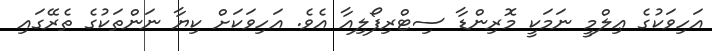
އަހިވަކުގެ ޢިލްމީ ނަމަކީ މޮރިންޑާ ސިޓްރިފޯލިއާ އެވެ. އަހިވަކަށް ކިޔާ ނަންތަކުގެ ތެރޭގައި